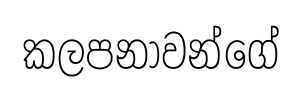
කලපනාවන්ගේ